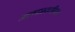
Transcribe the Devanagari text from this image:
अलकावतीच्या